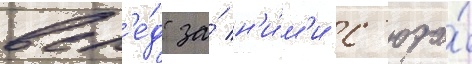
всл'е́д за́ н'и́м'и с'юда́